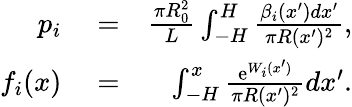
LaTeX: \begin{array}{rlr}{p_{i}}&{{}=}&{\frac{\pi R_{0}^{2}}{L}\int_{-H}^{H}\frac{\beta_{i}(x^{\prime})dx^{\prime}}{\pi R(x^{\prime})^{2}},}\\ {f_{i}(x)}&{{}=}&{\int_{-H}^{x}\frac{\mathrm{e}^{W_{i}(x^{\prime})}}{\pi R(x^{\prime})^{2}}dx^{\prime}.}\end{array}